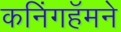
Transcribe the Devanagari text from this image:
कनिंगहॅमने